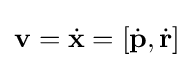
\mathbf {v} ={\dot {\mathbf {x} }}=\left[{\dot {\mathbf {p} }},{\dot {\mathbf {r} }}\right]